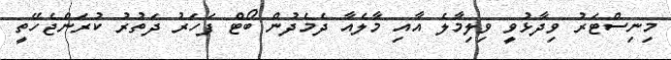
މިނިސްޓަރު ވިދާޅުވީ ވިލިމާލެ އާއި މާލެއާ ދެމެދުން ބޯޓް ފަހަރު ދަތުރު ކުރަންޖެހޭތީ